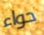
حواء